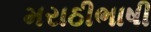
મરાઠીભાષી